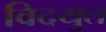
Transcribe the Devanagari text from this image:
विदयुत